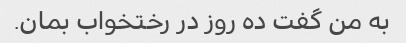
به من گفت ده روز در رختخواب بمان.